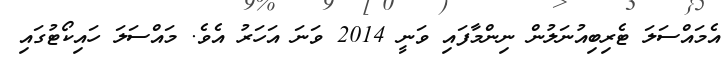
އެމައްސަލަ ޓެރިބިއުނަލުން ނިންމާފައި ވަނީ 2014 ވަނަ އަހަރު އެވެ. މައްސަލަ ހައިކޯޓުގައި